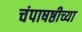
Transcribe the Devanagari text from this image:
चंपाषष्ठीच्या